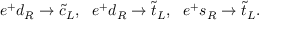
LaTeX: e ^ { + } d _ { R } \to \tilde { c } _ { L } , ~ ~ e ^ { + } d _ { R } \to \tilde { t } _ { L } , ~ ~ e ^ { + } s _ { R } \to \tilde { t } _ { L } .